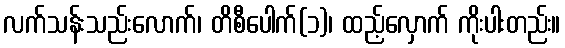
လက်သန်းသည်းလောက်၊ တိစီပေါက်(၁)၊ ထည့်လှောက် ကိုးပါးတည်း။